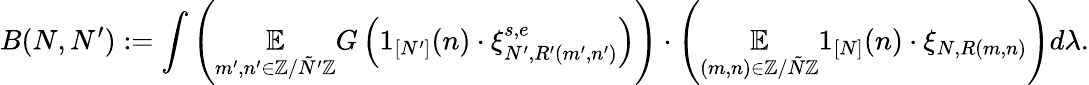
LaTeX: B(N,N^{\prime}):=\int\left(\underset{m^{\prime},n^{\prime}\in\mathbb{Z}/\tilde{N}^{\prime}\mathbb{Z}}{\mathbb{E}}G\left(1_{[N^{\prime}]}(n)\cdot\xi_{N^{\prime},R^{\prime}(m^{\prime},n^{\prime})}^{s,e}\right)\right)\cdot\left(\underset{(m,n)\in\mathbb{Z}/\tilde{N}\mathbb{Z}}{\mathbb{E}}1_{[N]}(n)\cdot\xi_{N,R(m,n)}\right)d\lambda.